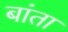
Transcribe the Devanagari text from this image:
बांता